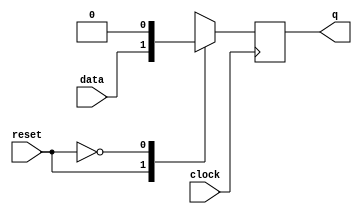
//***************************************************************************//
//***************************************************************************//
//***************************************************************************//
//**************                                          *******************//
//**************                                          *******************//
//**************      (c) SASIC Technologies Pvt Ltd      *******************//
//**************          (c) Verilogic Solutions         *******************//
//**************                                          *******************//
//**************                                          *******************//
//**************                                          *******************//
//**************           www.sasictek.com               *******************//
//**************          www.verilog-ic.com              *******************//
//**************                                          *******************//
//**************           Twitter:@sasictek              *******************//
//**************                                          *******************//
//**************                                          *******************//
//**************                                          *******************//
//***************************************************************************//
//***************************************************************************//


//              File Type: Verilog                                 

                             
//***************************************************************************//
//***************************************************************************//
                             

//              Author:
//              Reviewer:
//              Manager:
                             

//***************************************************************************//
//***************************************************************************//
//
module dff_sync_reset(input data,
										input reset,
										input clock,
										output reg q);
/*	always @(posedge clock)
	begin:alw_blk
		if(!reset)
			begin:reset0_blk
				q<=1'b0;
			end	//reset0_blk
		else
			begin:reset1_blk
				q<=data;
			end	//reset1_blk
	end	//alw_blk
endmodule*/


	always@(posedge clock)
		begin:alw_blk
			case(reset)
				1'b1:
					begin
						q<=data;
					end
				1'b0:
					begin
						q<=1'b0;
					end
				default:
					begin:if_rst_x_z
						q<=q;
					end	//if_rst_x_z
			endcase
		end
		endmodule